Lunatic asylums in Bengal annual reports 1888-1898 - 1888-1898
Year: 1888
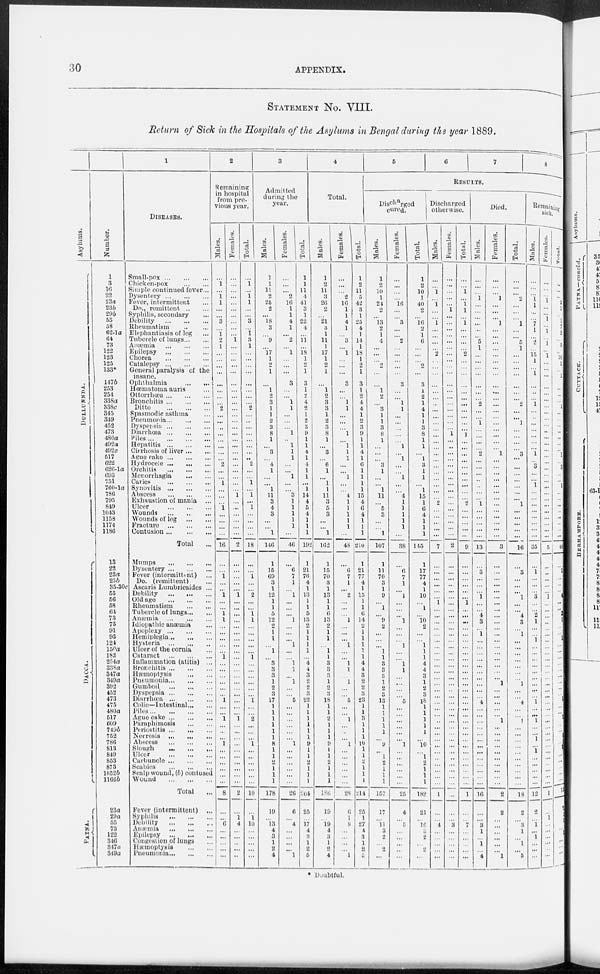
30
APPENDIX.
STATEMENT No. VIII.
Return of Sick in the Hospitals of the Asylums in Bengal during the year 1889.
Asylums.
DULLUNDA.
DACCA.
PATNA.
Number.
1
3
16
22
23a
23b
29b
55
58
62-1 a
64
73
122
123
125
133*
147b
253
254
338a
338c
345
349
452
473
480a
492a
492c
517
622
626-1
a
693
751
760-1a
786
795
849
1043
1158
1174
1186
13
22
23a
23b
35-30c
55
56
58
64
73
75
91
93
124
150a
182
254a
338a
347a
349a
392
452
473
475
480a
517
609
749b
752
786
813
849
853
873
1052 b
1166 b
23a
29a
55
73
122
316
317a
319a
1
DISEASES.
Small-pox
...
...
...
Chicken-pox
...
...
Simple continued fever...
Dysentery ... ... ...
Fever, intermittent ...
Do., remittent
...
...
Syphilis, secondary ...
Debility
...
...
...
Rheumatism ... ...
Elephantiasis of leg ...
Tubercle of lungs ... ...
Anæmia
...
...
...
Epilepsy
...
...
...
Chorea
...
...
...
Catalepsy
...
...
...
General paralysis of the
insane.
Ophthalmia ... ...
Hœmatoma auris
...
Ottorrhœa ... ... ...
Bronchitis ... ... ...
Ditto
...
...
...
Spasmodic asthma ...
Pneumonia ... ... ...
Dyspepsia
...
...
...
Diarrhœa
...
...
...
Piles
...
...
...
...
Hepatitis
...
...
...
Cirrhosis of liver ... ...
Ague cake ... ... ...
Hydrocele
...
...
...
Orchitis
...
...
...
Menorrhagia
...
...
Caries
...
...
...
Synovitis
...
...
...
Abscess
...
...
...
Exhaustion of mania ...
Ulcer
...
...
...
Wounds
...
...
...
Wounds of leg
...
...
Fracture
...
...
...
Contusion
...
...
...
Total ...
Mumps
...
...
...
Dysentery ... ... ...
Fever (intermittent) ...
Do. (remittent) ...
Ascaris Lumbricaides ...
Debility
...
...
...
Old
age
...
...
...
Rheumatism
...
...
Tubercle of lungs ... ...
Anæmia
...
...
...
Idiopathic anæmia ...
Apoplexy
...
...
...
Hemiplegia ... ... ...
Hysteria
...
...
...
Ulcer of the cornia ...
Cataract
...
...
...
Inflammation (atitis) ...
Bronehitis
...
...
...
Hæmoptysis
...
...
Pneumonia ... ... ...
Gumboil
...
...
...
Dyspepsia
...
...
...
Diarrhœa
...
...
...
Colic—Intestinal ... ...
Piles
...
...
...
...
Ague cake ... ... ...
Paraphimosis ... ...
Periostitis ... ... ...
Necrosis
...
...
...
Abscess
...
...
...
Slough
...
...
...
Ulcer
...
...
...
Carbuncle
...
...
...
Scabies
...
...
...
Scalp wound, (b) contused
Wound
...
...
...
Total ...
Fever (intermittent) ...
Syphilis
...
...
...
Debility
...
...
...
Anæmia
...
...
...
Epilepsy
...
...
...
Congestion of lungs ...
Hæmoptysis
...
...
Pneumonia
...
...
2
Remaining
in hospital
from pre-
vious year.
Males.
...
1
...
1
1
...
...
3
...
1 2
1
...
...
...
...
...
...
...
...
2
...
...
...
...
...
...
...
...
2
...
...
1
...
...
...
1
...
...
...
...
16
...
...
1
...
...
1
...
...
1
1
...
...
...
...
...
1
...
...
...
...
...
...
1
...
...
1
...
...
...
1
...
... ...
...
...
...
8
...
...
6
...
...
...
...
...
Females.
...
...
...
...
...
...
...
...
...
...
1
...
...
...
...
...
...
...
...
...
...
...
...
...
...
...
. ..
...
...
...
...
...
...
...
1
...
...
...
...
...
...
2
...
...
...
...
...
1
...
...
...
...
...
...
...
...
...
...
...
...
...
...
...
...
...
...
...
1
...
...
...
....
...
...
...
...
...
...
2
...
1
4
...
...
...
...
...
Total.
...
1
...
1 1
...
...
3
...
1
3
1
...
...
...
...
...
...
...
...
2
...
...
...
...
...
...
...
...
2
...
...
1
...
1
...
1
...
...
...
...
18
...
...
1
...
...
2
...
...
1
1
...
...
...
...
...
1
...
...
...
...
...
...
1
...
...
2
...
...
...
1
...
... ...
...
...
...
10
...
1
10
...
...
...
...
...
3
Admitted
during the
year.
Males.
1
1
11 2
25
2
...
18
3
...
9
...
17
1
2
1
...
1
2
3
1
1
2
3
8
1
...
3
...
4
1
...
...
1
11
3
4
3
...
...
1
146
1
15
69
3
1
12
1
1
5
12
2
1
1
...
1
...
3
3
3
1
2
3
17
1
1
1
1
1
1
8
1
1
2
1
1
1
178
19
...
13
4
3
1
2
4
Females.
...
...
... 2
16
1
1
4
1
... 2
... 1
...
...
...
3
...
...
1
1
...
...
...
1
...
1
1
1
...
...
1
...
... 3
1
1
1
1
1
...
46
...
6
7
1
...
1
...
...
...
1
...
...
...
1
...
...
1
1
...
1
...
...
5
...
...
...
...
...
...
1
...
...
...
...
...
...
26
6
...
4
...
...
...
...
1
Total.
1
1
11
4
41
3
1
22
4
...
11
...
18 1
2
1
3
1
2
4
2
1
2
3
9
1
1
4
1
4
1
1
...
1
14
4 5
4
1
1
1
192
1
21
76
4
1
13
1
1
5
13
2
1 1
1
1
...
4
4
3
2
2
3
22
1
1
1
1
1
1
9
1
1
0
1
1
1
204
25
...
17
4
3
1
2
5
4
Total.
Males.
1
2
11 3
26
2
...
21
3
1
11
1
17
1
2
1
...
1
2
3
3
1
2
3
8
1
...
3
...
6 1
...
1
1
11
3
5
3
...
...
1
162
1
15
70
3
1
13
1
1
6
13
2
1
1
...
1
1
3
3
3
1
2
3
18
1
1
2
1
1
1
9
1
1
2
1
1
1
106
19
...
19
4
3
1
2
4
Females.
...
...
...
2
16
1
1
4
1
...
3
...
1
...
...
...
3
...
...
1
1
...
...
...
1
...
1
1
1
...
...
1
...
...
4
1
1
1
1
1
...
48
...
6
7
1
...
2
...
...
...
1
...
...
...
1
...
...
1
1
...
1
...
...
5
...
...
1
...
...
...
1
...
...
...
...
...
...
28
6
1
8
...
...
...
...
1
Total.
1
2
11
5
42
3
1
25
4
1
14
1
18
1
2
1
3
1
2
4
4
1
2
3
9
1
1
4
1
6
1
1
1
1
15
4
6
4
1
1
1
210
1
21
77
4
1
15
1
1
6
14
2
1
1
1
1
1
4
4
3
2
2
3
23
1
1
3
1
1
1
10
1
1
2
1
1
1
214
25
1
27
4
3
1
2
5
5
6 7
8
RESULTS.
Discharged
cured.
Males.
1
2
10
1
24
2
...
13
2
1
4
...
...
...
2
...
...
1
2
...
3
1
1
3
8
1
...
...
.. .
3
1
...
...
1
11
...
5
3
...
...
1
107
1
11
70
3
1
9
...
1
...
9
2
...
...
...
11 1
3
3
3
1
2
3
13
1
1
1
1
1
...
9
... 1
2
1
1
1
157
17
...
11
3
2
...
2
...
Females.
...
...
...
...
16
...
...
3
...
...
2
...
...
...
...
...
3
...
...
1
1
...
...
...
...
...
1
...
1
...
...
1
...
...
4
1
1
1
1
1
...
38
...
6
7
1
...
1
...
...
...
1
...
...
...
1
...
...
1
1
...
...
...
...
5
...
...
...
...
...
...
1
...
...
...
...
...
...
25
4
...
5
...
...
...
...
...
Total.
1
2
10
1
40
2
...
16
2
1
6
...
...
...
2
...
3
1
2
1
4
1
1
3
8
1
1
...
1
3
1
1
...
1
15
1
6
4
1
1
1
145
1
17
77
4
1
10
...
1
...
10
2
...
...
1
1
1
4
4
3
1
2
3
18
1
1
1
1
1
...
10
1
2
1
1
1
182
21
...
16
3
2
...
2
...
Discharged
otherwise.
Males.
...
...
1
...
1
...
...
1
...
...
...
...
2
...
...
...
...
...
...
...
...
...
...
...
...
...
...
...
...
...
...
...
...
...
...
2
...
...
...
...
...
7
...
...
...
...
...
...
1
...
...
...
...
...
...
...
...
...
...
...
...
...
...
...
...
...
...
...
...
...
...
...
...
...
...
...
...
...
1
...
...
4
...
...
...
...
...
Females.
...
...
...
...
...
1
...
...
...
...
...
...
...
...
...
...
...
...
...
...
...
...
...
...
1
...
...
...
...
. ..
...
...
...
...
...
...
...
...
...
...
...
2
...
...
...
...
...
...
...
...
...
...
...
...
...
...
...
...
...
...
...
...
...
...
...
...
...
...
...
...
...
...
...
... ...
...
...
...
...
...
...
3
...
...
...
...
...
Total.
...
...
1
...
1
1
...
1
...
...
...
...
2
...
...
...
...
...
...
...
...
...
...
...
1
...
...
...
...
...
...
...
...
...
...
2
...
...
...
...
...
9
...
...
...
...
...
...
1
...
...
...
...
...
...
...
...
...
...
...
...
...
...
...
...
...
...
...
...
...
...
...
...
...
...
...
...
...
1
...
...
7
...
...
...
...
...
Died.
Males.
...
...
...
1
...
...
...
...
...
...
5
1
...
...
...
...
...
...
...
2
...
...
1
...
...
...
...
2
...
...
...
...
...
...
...
1
...
...
...
...
...
13
...
3
...
...
...
1
...
...
4
3
...
1
...
...
...
...
...
...
...
...
...
...
4
...
...
...
...
...
...
...
...
...
...
...
...
...
16
...
...
3
1
...
1
...
4
Females.
...
...
...
1
...
...
...
1
...
...
...
...
...
...
...
...
...
...
...
...
...
...
...
...
...
...
...
1
...
...
...
...
...
...
...
...
...
...
...
...
...
3
...
...
...
...
...
...
...
...
...
...
...
...
...
...
...
...
...
...
...
1
...
...
...
...
...
1
...
...
...
...
...
...
...
...
...
...
2
2
...
...
...
...
...
...
1
Total.
...
...
...
2
...
...
...
1
...
...
5
1
...
...
...
...
...
...
...
2
...
...
1
...
...
...
...
3
...
...
...
...
...
...
...
1
...
...
...
...
...
10
...
3
...
...
...
1
...
...
4
3
...
1
...
...
...
...
...
...
...
1
...
...
4
...
...
1
...
...
...
...
...
... ...
...
...
...
18
2
...
3
1
...
1
...
5
Remaining
sick.
Males.
...
...
...
1 1
...
...
7
1
...
2
...
15
1
...
1
...
...
...
1
...
...
...
...
...
...
...
1
...
3
...
...
1
...
...
...
...
...
...
...
...
35
...
1
...
...
...
3
...
... 2
1
...
...
1
...
...
...
...
...
...
...
...
...
1
...
...
1
...
...
1
...
1
...
...
...
. ..
...
12
2
...
1
...
1
...
...
...
Females.
...
...
...
1
...
...
1
...
1
...
1
...
1
...
...
...
...
...
...
...
...
...
...
...
...
...
...
...
...
...
...
...
...
...
...
...
...
...
...
...
...
5
...
...
...
...
...
1
...
...
...
...
...
...
...
...
...
...
...
...
...
...
...
...
...
...
...
...
... ...
...
...
...
...
...
...
...
...
1
...
1
...
...
...
...
...
...
Total.
...
...
...
2
1
1
1 7
2
...
3
...
16
1
...
1
...
...
...
1
...
...
...
...
...
...
...
1
...
3
...
...
1
...
...
...
...
...
...
...
...
40
...
1
...
...
...
4
...
...
2
1
...
...
1
...
...
...
...
...
...
...
...
...
1
...
...
1
...
...
1 ...
1
...
...
...
...
...
13
2
1
1
...
1
...
...
...
* Doubtful.